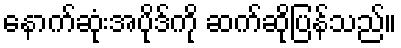
နောက်ဆုံးအပိုဒ်ကို ဆက်ဆိုပြန်သည်။